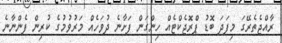
ރާއްޖެތެރޭގަ މިފަދަ ބޮޑު ޕްރޮޖެކްޓެއް ހިންގަން ފަށާނެ ދުވަހެއް މަރުވުމުގެ ކުރިން ފެންނާނެ